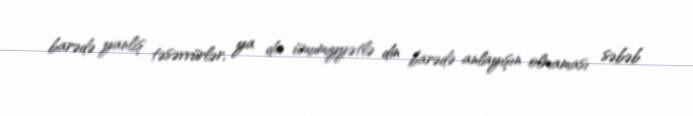
barədə yanlış təsəvvürlər, ya da ümumiyyətlə din barədə anlayışın olmaması səbəb